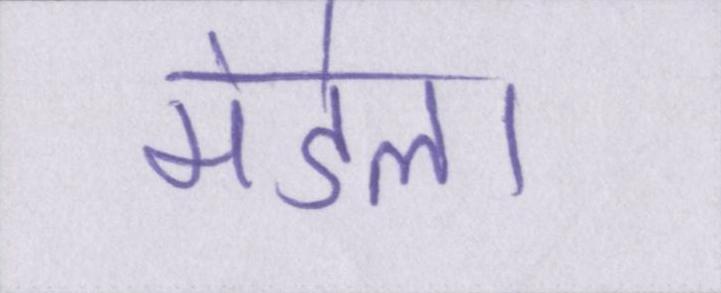
मंडेला